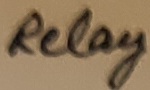
Text: Relay